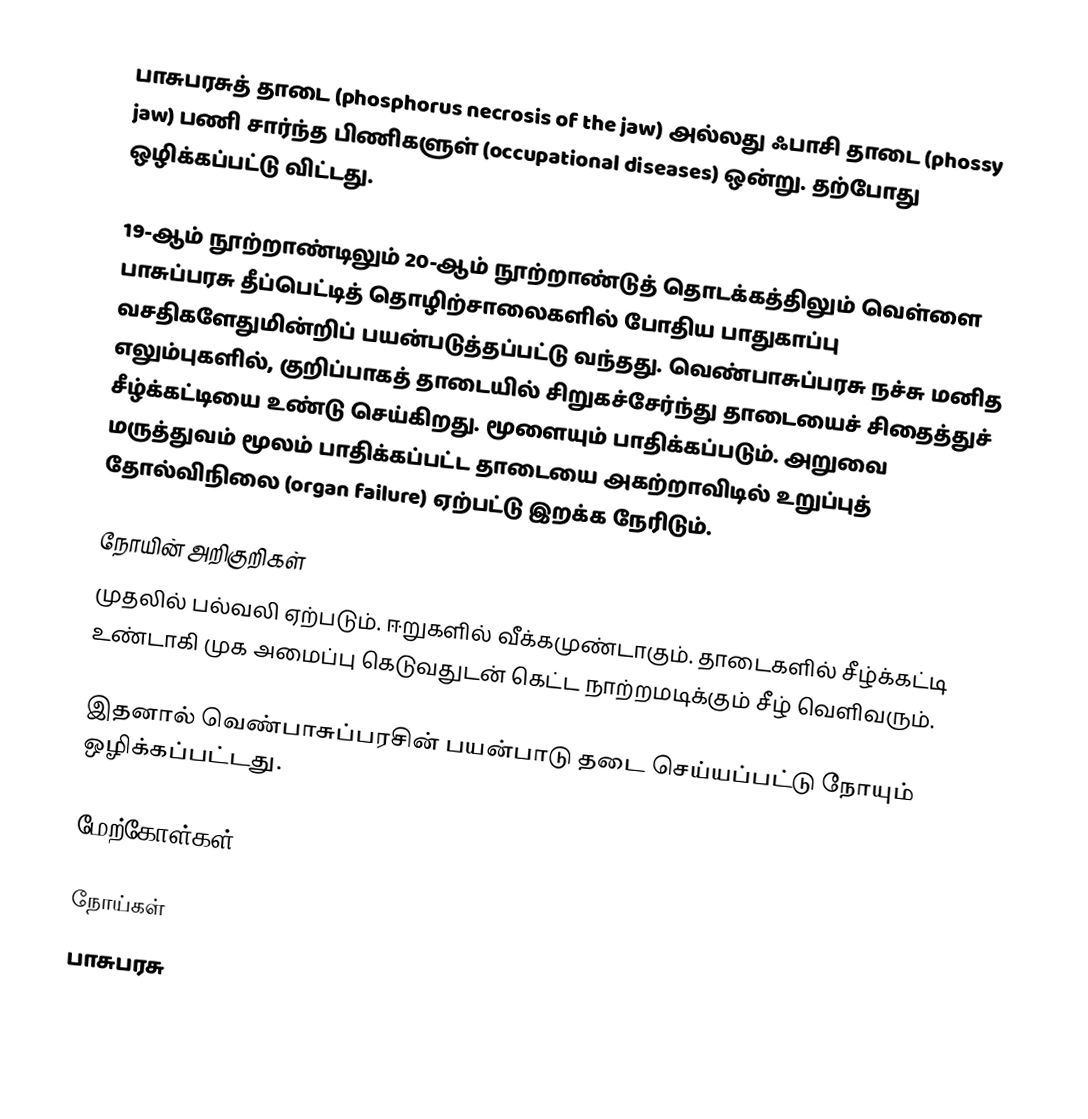
பாசுபரசுத் தாடை (phosphorus necrosis of the jaw) அல்லது ஃபாசி தாடை (phossy jaw) பணி சார்ந்த பிணிகளுள் (occupational diseases) ஒன்று. தற்போது ஒழிக்கப்பட்டு விட்டது.

19-ஆம் நூற்றாண்டிலும் 20-ஆம் நூற்றாண்டுத் தொடக்கத்திலும்  வெள்ளை பாசுப்பரசு தீப்பெட்டித் தொழிற்சாலைகளில் போதிய பாதுகாப்பு வசதிகளேதுமின்றிப் பயன்படுத்தப்பட்டு வந்தது. வெண்பாசுப்பரசு நச்சு மனித எலும்புகளில், குறிப்பாகத் தாடையில் சிறுகச்சேர்ந்து தாடையைச் சிதைத்துச் சீழ்க்கட்டியை உண்டு செய்கிறது. மூளையும் பாதிக்கப்படும். அறுவை மருத்துவம் மூலம் பாதிக்கப்பட்ட தாடையை அகற்றாவிடில் உறுப்புத் தோல்விநிலை (organ failure) ஏற்பட்டு இறக்க நேரிடும்.

நோயின் அறிகுறிகள்
முதலில் பல்வலி ஏற்படும். ஈறுகளில் வீக்கமுண்டாகும். தாடைகளில் சீழ்க்கட்டி உண்டாகி முக அமைப்பு கெடுவதுடன் கெட்ட நாற்றமடிக்கும் சீழ் வெளிவரும்.

இதனால் வெண்பாசுப்பரசின் பயன்பாடு தடை செய்யப்பட்டு நோயும் ஒழிக்கப்பட்டது.

மேற்கோள்கள்

நோய்கள்
பாசுபரசு